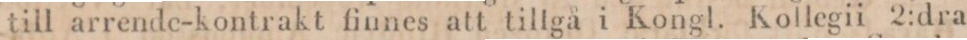
till arrende-kontrakt finnes att tillgå i Kongl. Kollegii 2:dra